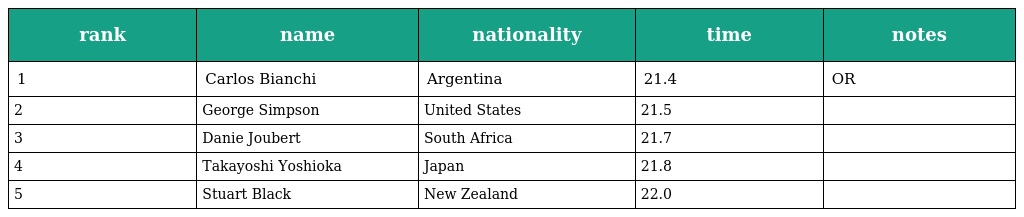
| rank | name | nationality | time | notes |
 | --- | --- | --- | --- | --- |
 | 1 | Carlos Bianchi | Argentina | 21.4 | OR |
 | 2 | George Simpson | United States | 21.5 |  |
 | 3 | Danie Joubert | South Africa | 21.7 |  |
 | 4 | Takayoshi Yoshioka | Japan | 21.8 |  |
 | 5 | Stuart Black | New Zealand | 22.0 |  |